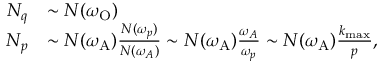
\begin{array} { r l } { N _ { q } } & { \sim N ( \omega _ { \mathrm { O } } ) } \\ { N _ { p } } & { \sim N ( \omega _ { \mathrm { A } } ) \frac { N ( \omega _ { p } ) } { N ( \omega _ { A } ) } \sim N ( \omega _ { \mathrm { A } } ) \frac { \omega _ { A } } { \omega _ { p } } \sim N ( \omega _ { \mathrm { A } } ) \frac { k _ { \operatorname* { m a x } } } { p } , } \end{array}